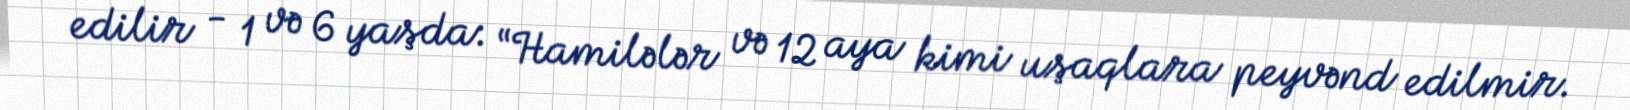
edilir - 1 və 6 yaşda: “Hamilələr və 12 aya kimi uşaqlara peyvənd edilmir.